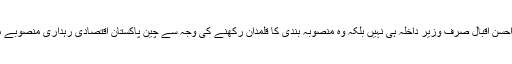
قومی اخبار کی رپورٹ کے مطابق احسن اقبال صرف وزیر داخلہ ہی نہیں بلکہ وہ منصوبہ بندی کا قلمدان رکھنے کی وجہ سے چین پاکستان اقتصادی رہداری منصوبے میں بھی احسن اقبال کا اہم کردار ہے۔